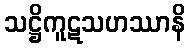
သဋ္ဌိကူဋသဟဿာနိ